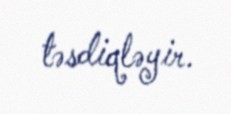
təsdiqləyir.